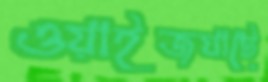
ওয়াইজঘাটে